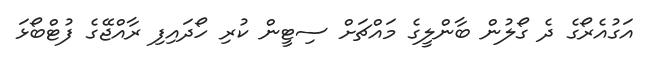
އަގުއެރޯގެ ދެ ގޯލުން ބާންލީގެ މައްޗަށް ސިޓީން ކުރި ހޯދައިފި ރާއްޖޭގެ ފުޓްބޯޅަ